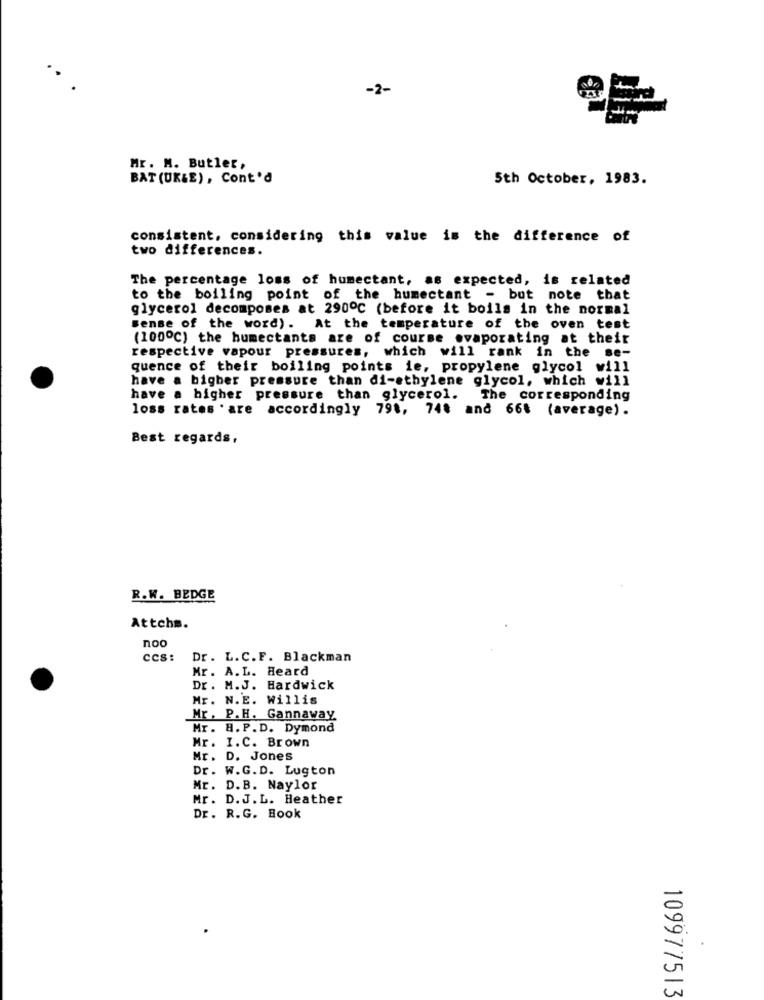
-2-
Mr. M. Butler,
BAT (UK&E), Cont'd
5th October, 1983.
consistent, considering this value is the difference of
two differences.
The percentage loss of humectant, as expected, is related
to the boiling point of the humectant - but note that
glycerol decomposes at 290℃ (before it boils in the normal
sense of the word). At the temperature of the oven test
(100℃) the humectants are of course evaporating at their
respective vapour pressures, which will rank in the se-
quence of their boiling points ie, propylene glycol will
have a bigber pressure than di-ethylene glycol, which will
have a higher pressure than glycerol.
The corresponding
loss rates . are accordingly 798, 748 and 66t (average).
Best regards,
R.W. BEDGE
Attchm.
CCS:
Dr. L.C.F. Blackman
Mr. A.L. Heard
Dr. M.J. Hardwick
Mr. N.E. Willis
Mr. P.H. Gannaway.
Mr. 8. P.D. Dymond
Mr. I.C. Brown
Mr. D. Jones
Dr. W.G.D. Lugton
Mr. D.B. Naylor
Mr. D.J.L. Heather
Dr. R.G. Book
109977513